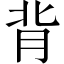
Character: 背